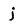
Character: j